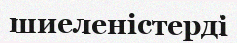
шиеленістерді